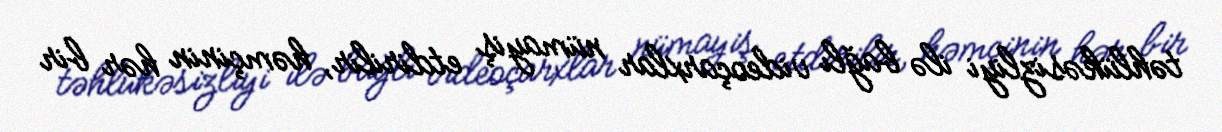
təhlükəsizliyi ilə bağlı videoçarxlar nümayiş etdirilir, həmçinin hər bir